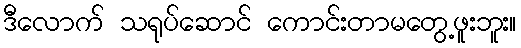
ဒီလောက် သရုပ်ဆောင် ကောင်းတာမတွေ့ဖူးဘူး။